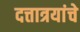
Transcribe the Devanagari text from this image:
दत्तात्रयांचे